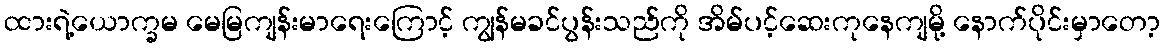
ထားရဲ့ယောက္ခမ မေမြကျန်းမာရေးကြောင့် ကျွန်မခင်ပွန်းသည်ကို အိမ်ပင့်ဆေးကုနေကျမို့ နောက်ပိုင်းမှာတော့